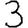
Digit: 3